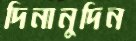
দিনানুদিন